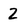
Character: 2